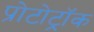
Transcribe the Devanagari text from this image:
प्रोटोट्रॉक